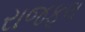
રાજફૂલ